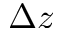
\Delta z